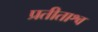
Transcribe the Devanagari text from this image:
प्रतीताश्व